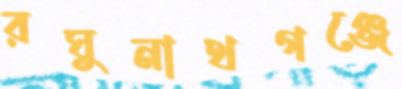
রঘুনাথগঞ্জে